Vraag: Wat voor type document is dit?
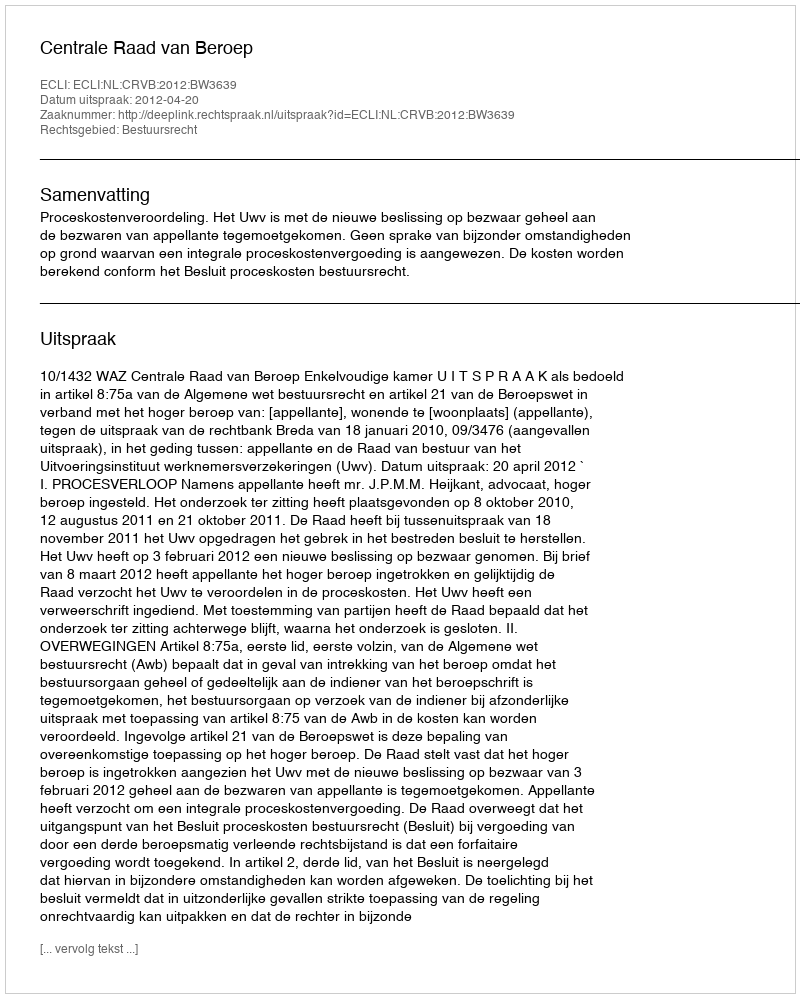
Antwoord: Uitspraak